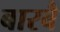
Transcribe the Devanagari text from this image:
बारबै